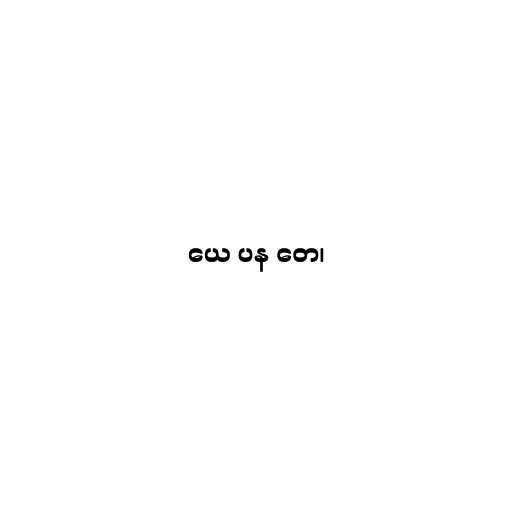
ယေ ပန တေ၊